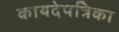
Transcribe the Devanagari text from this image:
कायदेपत्रिका